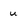
Character: u